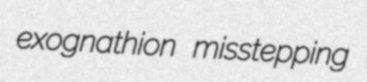
exognathion misstepping